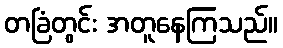
တခြံတွင်း အတူနေကြသည်။